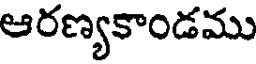
ఆరణ్యకాండము